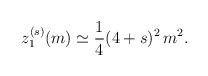
\begin{align*}z_1^{(s)} (m)\simeq {1\over 4}(4+s)^2\, m^2.\end{align*}